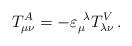
LaTeX: \begin{align*}T_{\mu\nu}^{A}= -\varepsilon_{\mu}^{\ \lambda}T_{\lambda\nu}^{V}\,.\end{align*}